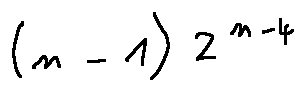
( n - 1 ) 2 ^ { n - 4 }